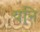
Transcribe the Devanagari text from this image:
यनि